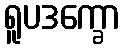
ရူပဒက္ခော